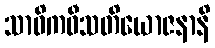
သာဓိကဝီသတိယောဇနာနိ